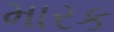
મારક